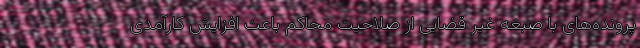
پرونده‌های با صبغه غیر قضایی از صلاحیت محاکم باعث افزایش کارآمدی